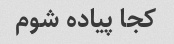
کجا پیاده شوم